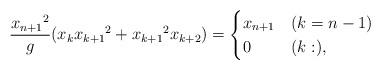
LaTeX: \begin{align*} \frac{{x_{n+1}}^2}{g} (x_{k}{x_{k+1}}^2+{x_{k+1}}^2x_{k+2})=\begin{cases}x_{n+1} & (k=n-1)\\0 & (k:),\end{cases}\end{align*}